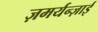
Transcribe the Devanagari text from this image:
ज़मर्यन्ज़ाई